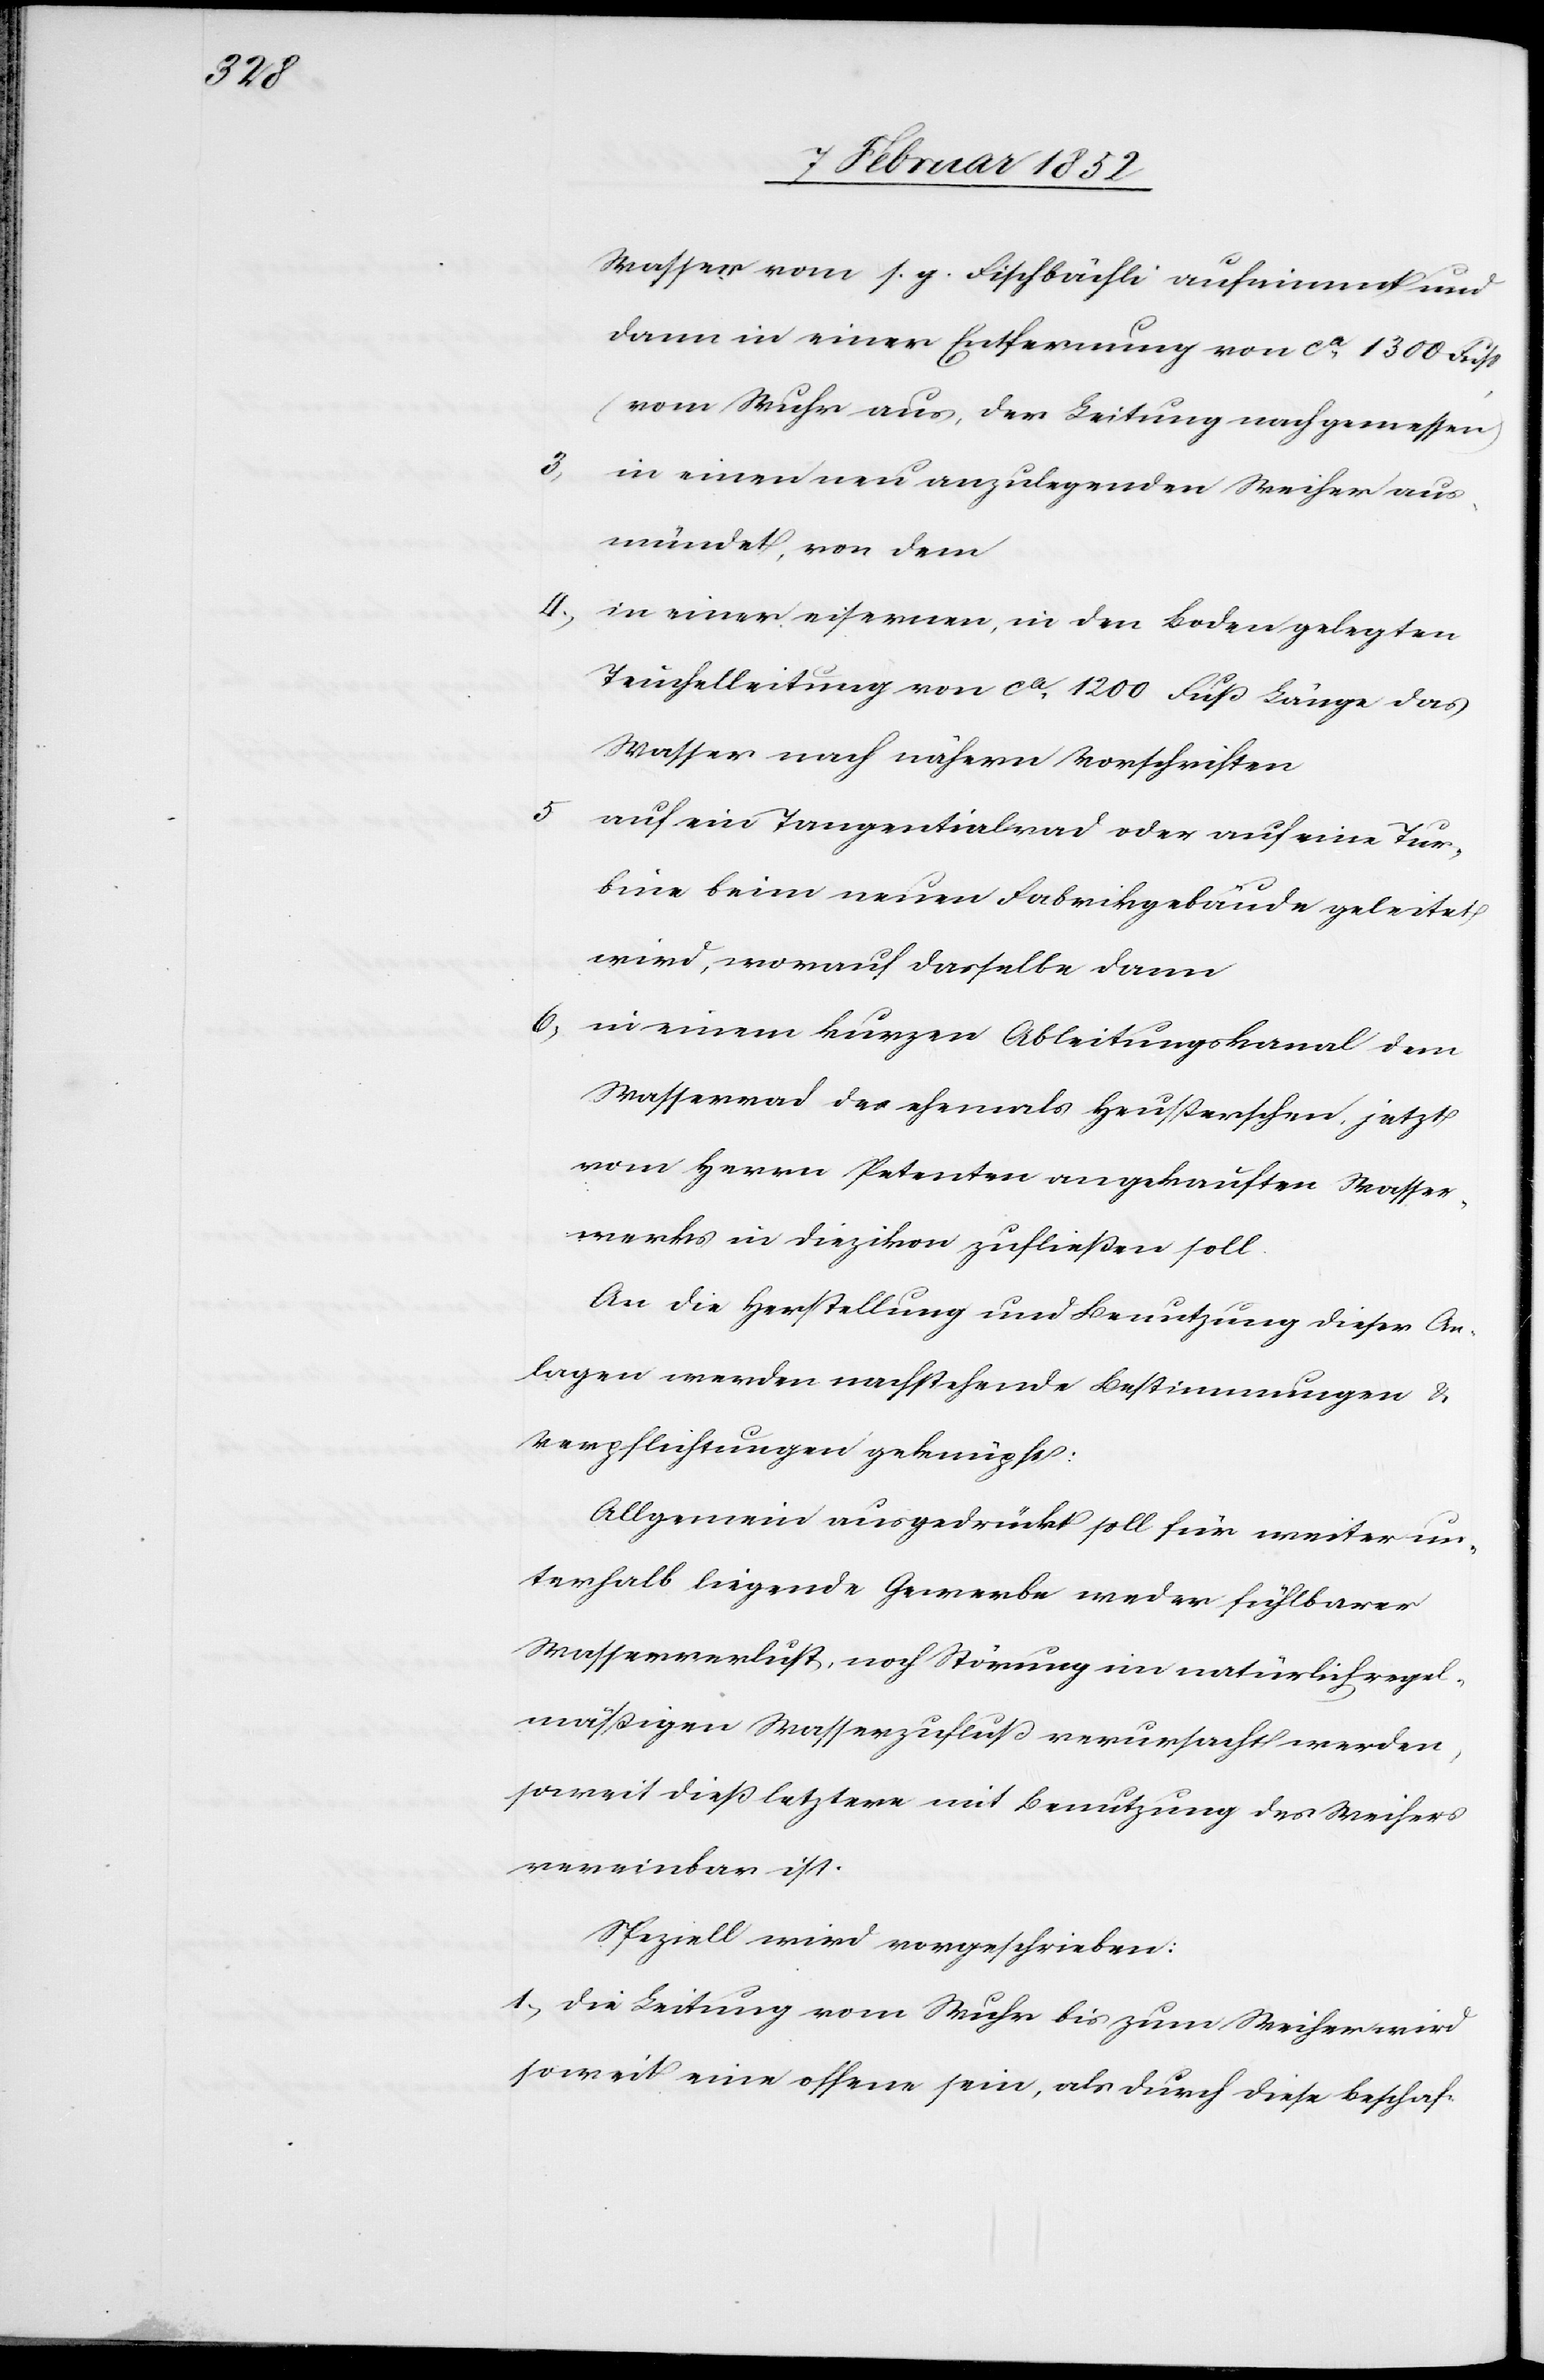
Wasser vom s. g. Fischbächli aufnimmt und
dann in einer Entfernung von ca 1300 Fuß
(vom Wuhr aus, der Leitung nachgemessen)
3)
in einen neu anzulegenden Weiher aus¬
mündet, von dem
4.) in einer eisernen, in den Boden gelegten
Teuchelleitung von ca 1200 Fuß Länge das
Wasser nach nähern Vorschriften
auf ein Tangentialrad oder auf eine Tur¬
bine beim neuen Fabrikgebäude geleitet
wird, worauf dasselbe dann
6) in einem kurzen Ableitungskanal dem
Wasserrad der ehemals Heußerschen, jetzt
vom Herrn Petenten angekauften Wasser¬
werks in Diezikon zufließen soll.
An die Herstellung und Benutzung dieser An¬
lagen werden nachstehende Bestimmungen u.
Verpflichtungen geknüpft.
Allgemein ausgedrückt soll für weiter un¬
terhalb liegende Gewerbe weder fühlbarer
Wasserverlust, noch Störung im natürlich regel¬
mäßigen Wasserzufluß verursacht werden,
soweit dieß letztere mit Benutzung des Weihers
vereinbar ist.
Speziell wird vorgeschrieben:
1.) Die Leitung vom Wuhr bis zum Weiher wird
soweit eine offene sein, als durch diese Beschaf-